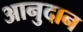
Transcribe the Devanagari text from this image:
आनुदान